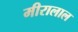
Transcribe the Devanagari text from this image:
मीरालाल